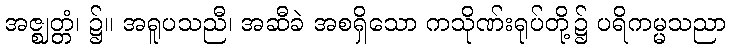
အဇ္ဈတ္တံ၊ ၌။ အရူပသညီ၊ အဆီခဲ အစရှိသော ကသိုဏ်းရုပ်တို့၌ ပရိကမ္မသညာ